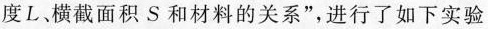
度L、横截面积S和材料的关系”，进行了如下实验